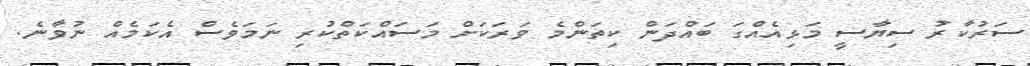
ސަރުކާރު ސިޔާސީ މަޅިއެއްގަ ބައްދަން ކިތަންމެ ވަރަކަށް މަސައްކަތްކުރި ނަމަވެސް އެކަމެއް ނުވާނެ.